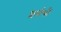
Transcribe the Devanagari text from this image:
शर्वथी